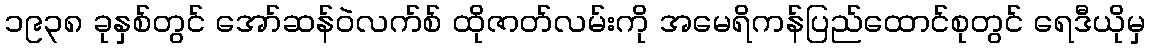
၁၉၃၈ ခုနှစ်တွင် အော်ဆန်ဝဲလက်စ် ထိုဇာတ်လမ်းကို အမေရိကန်ပြည်ထောင်စုတွင် ရေဒီယိုမှ